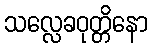
သလ္လေခဝုတ္တိနော